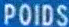
POIDS